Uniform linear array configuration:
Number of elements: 12
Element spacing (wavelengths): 0.75
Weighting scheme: hamming
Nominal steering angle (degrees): -45
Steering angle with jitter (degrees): -45.753
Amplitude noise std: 0.05
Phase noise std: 0.05

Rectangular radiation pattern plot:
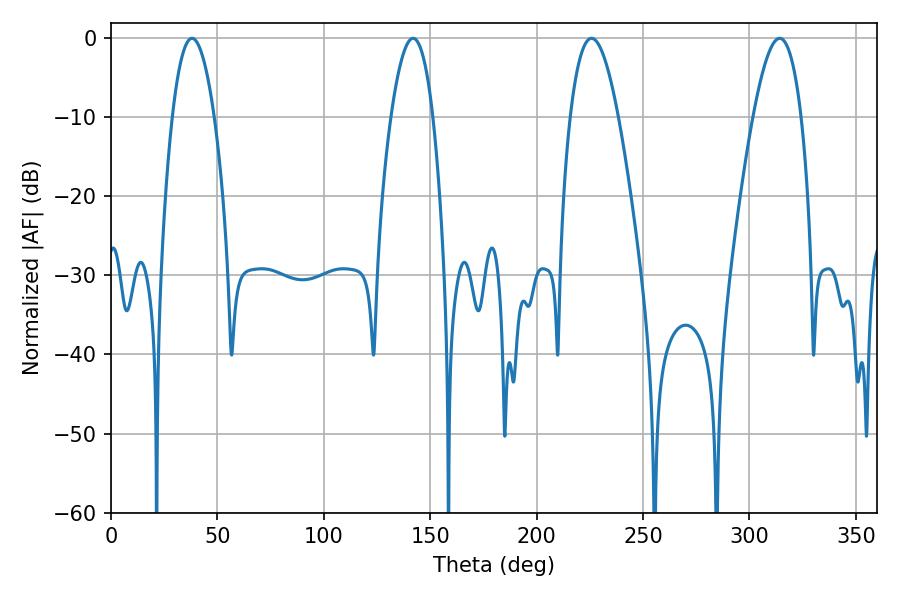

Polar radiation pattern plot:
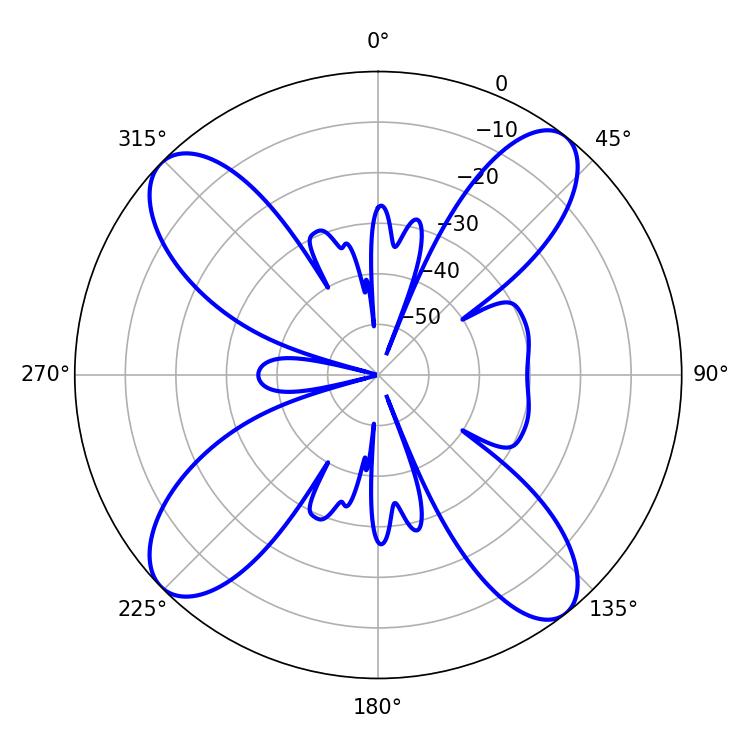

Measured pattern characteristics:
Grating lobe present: TRUE
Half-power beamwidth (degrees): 12.42
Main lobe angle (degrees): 314.28